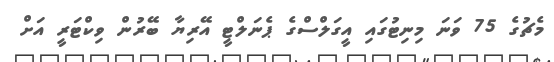
މެޗުގެ 75 ވަނަ މިނިޓުގައި އީގަލްސްގެ ޕެނަލްޓީ އޭރިޔާ ބޭރުން ވިކްޓަރީ އަށް